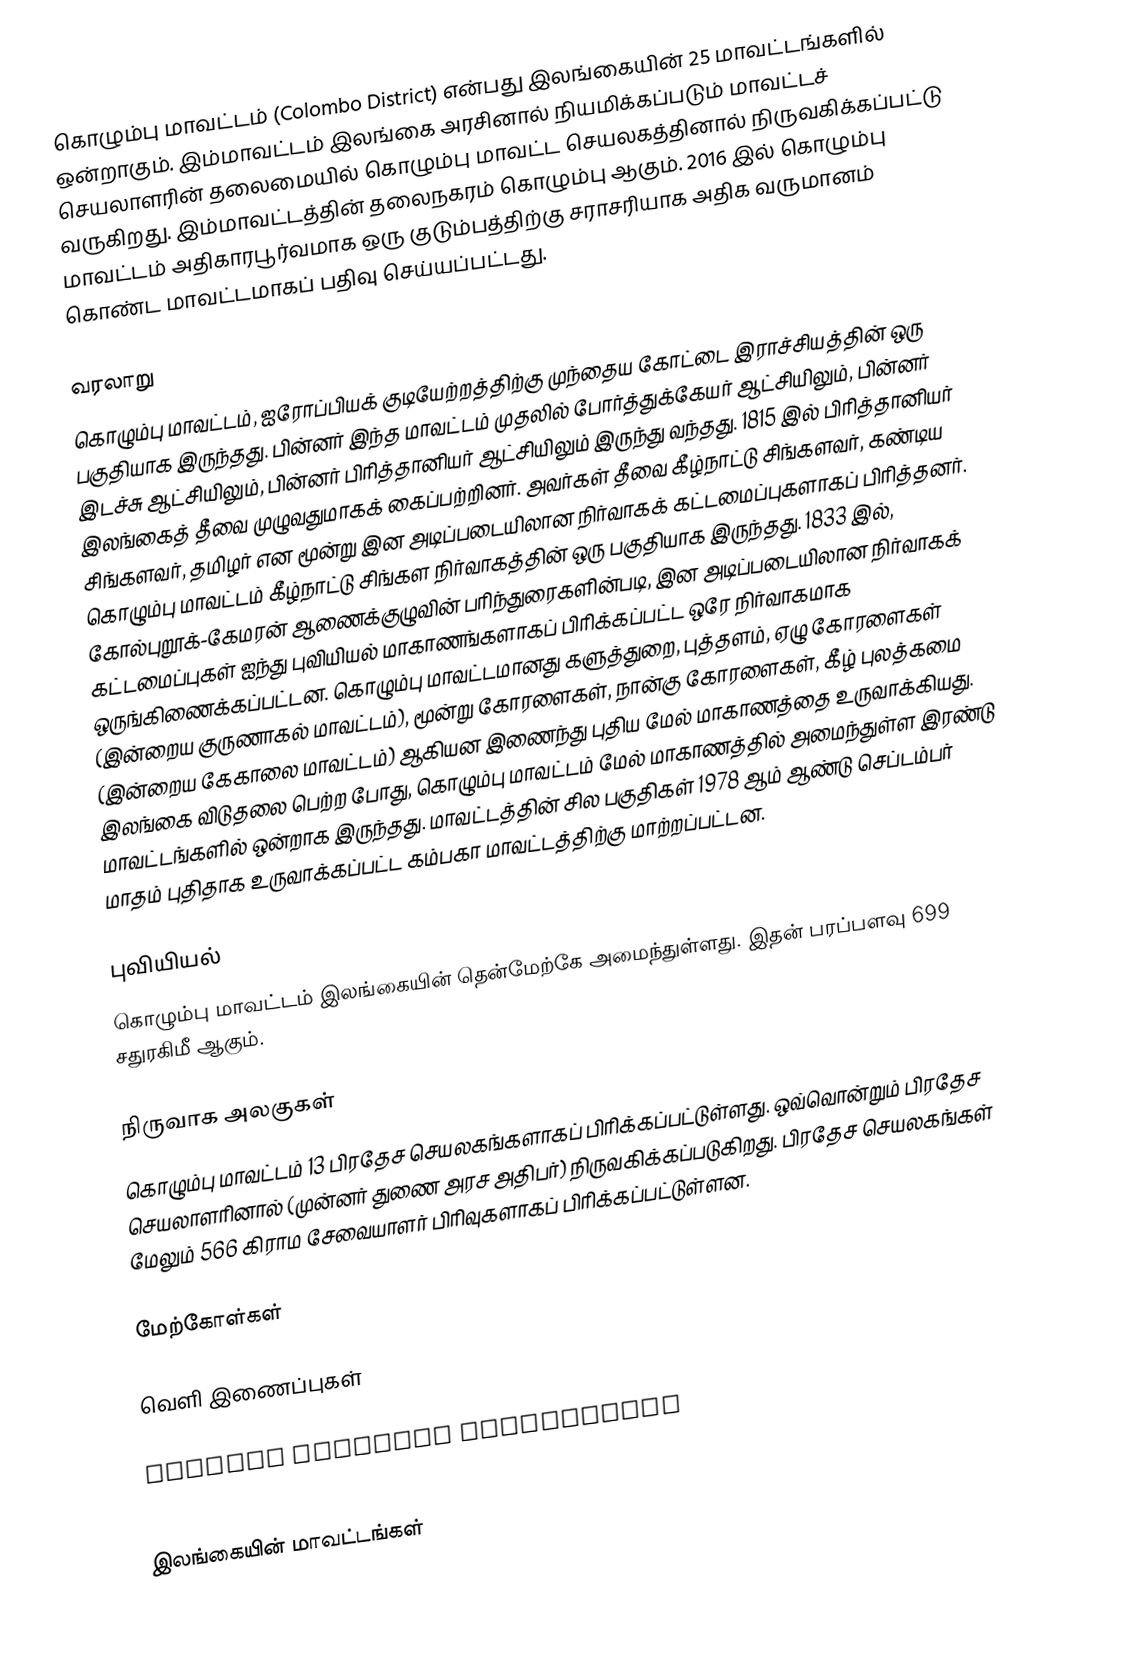
கொழும்பு மாவட்டம் (Colombo District) என்பது இலங்கையின் 25 மாவட்டங்களில் ஒன்றாகும். இம்மாவட்டம் இலங்கை அரசினால் நியமிக்கப்படும் மாவட்டச் செயலாளரின் தலைமையில் கொழும்பு மாவட்ட செயலகத்தினால் நிருவகிக்கப்பட்டு வருகிறது. இம்மாவட்டத்தின் தலைநகரம் கொழும்பு ஆகும். 2016 இல் கொழும்பு மாவட்டம் அதிகாரபூர்வமாக ஒரு குடும்பத்திற்கு சராசரியாக அதிக வருமானம் கொண்ட மாவட்டமாகப் பதிவு செய்யப்பட்டது.

வரலாறு
கொழும்பு மாவட்டம், ஐரோப்பியக் குடியேற்றத்திற்கு முந்தைய கோட்டை இராச்சியத்தின் ஒரு பகுதியாக இருந்தது. பின்னர் இந்த மாவட்டம் முதலில் போர்த்துக்கேயர் ஆட்சியிலும், பின்னர் இடச்சு ஆட்சியிலும், பின்னர் பிரித்தானியர் ஆட்சியிலும் இருந்து வந்தது. 1815 இல் பிரித்தானியர் இலங்கைத் தீவை முழுவதுமாகக் கைப்பற்றினர். அவர்கள் தீவை கீழ்நாட்டு சிங்களவர், கண்டிய சிங்களவர், தமிழர் என மூன்று இன அடிப்படையிலான நிர்வாகக் கட்டமைப்புகளாகப் பிரித்தனர். கொழும்பு மாவட்டம் கீழ்நாட்டு சிங்கள நிர்வாகத்தின் ஒரு பகுதியாக இருந்தது. 1833 இல், கோல்புறூக்-கேமரன் ஆணைக்குழுவின் பரிந்துரைகளின்படி, இன அடிப்படையிலான நிர்வாகக் கட்டமைப்புகள் ஐந்து புவியியல் மாகாணங்களாகப் பிரிக்கப்பட்ட ஒரே நிர்வாகமாக ஒருங்கிணைக்கப்பட்டன. கொழும்பு மாவட்டமானது களுத்துறை, புத்தளம், ஏழு கோரளைகள் (இன்றைய குருணாகல் மாவட்டம்), மூன்று கோரளைகள், நான்கு கோரளைகள், கீழ் புலத்கமை (இன்றைய கேகாலை மாவட்டம்) ஆகியன இணைந்து புதிய மேல் மாகாணத்தை உருவாக்கியது. இலங்கை விடுதலை பெற்ற போது, கொழும்பு மாவட்டம் மேல் மாகாணத்தில் அமைந்துள்ள இரண்டு மாவட்டங்களில் ஒன்றாக இருந்தது. மாவட்டத்தின் சில பகுதிகள் 1978 ஆம் ஆண்டு செப்டம்பர் மாதம் புதிதாக உருவாக்கப்பட்ட கம்பகா மாவட்டத்திற்கு மாற்றப்பட்டன.

புவியியல்
கொழும்பு மாவட்டம் இலங்கையின் தென்மேற்கே அமைந்துள்ளது. இதன் பரப்பளவு 699 சதுரகிமீ ஆகும்.

நிருவாக அலகுகள்
கொழும்பு மாவட்டம் 13 பிரதேச செயலகங்களாகப் பிரிக்கப்பட்டுள்ளது. ஒவ்வொன்றும் பிரதேச செயலாளரினால் (முன்னர் துணை அரச அதிபர்) நிருவகிக்கப்படுகிறது. பிரதேச செயலகங்கள் மேலும் 566 கிராம சேவையாளர் பிரிவுகளாகப் பிரிக்கப்பட்டுள்ளன.

மேற்கோள்கள்

வெளி இணைப்புகள்

 Colombo District Secretariat

இலங்கையின் மாவட்டங்கள்